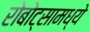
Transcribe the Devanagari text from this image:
रोबोट्सामध्ये